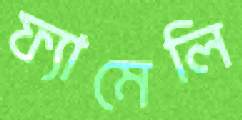
ফ্যামেলি